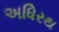
અધિરથ